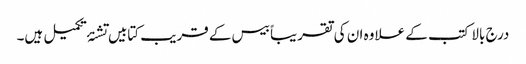
درج بالا کتب کے علاوہ ان کی تقریباً بیس کے قریب کتابیں تشنۂ تکمیل ہیں۔